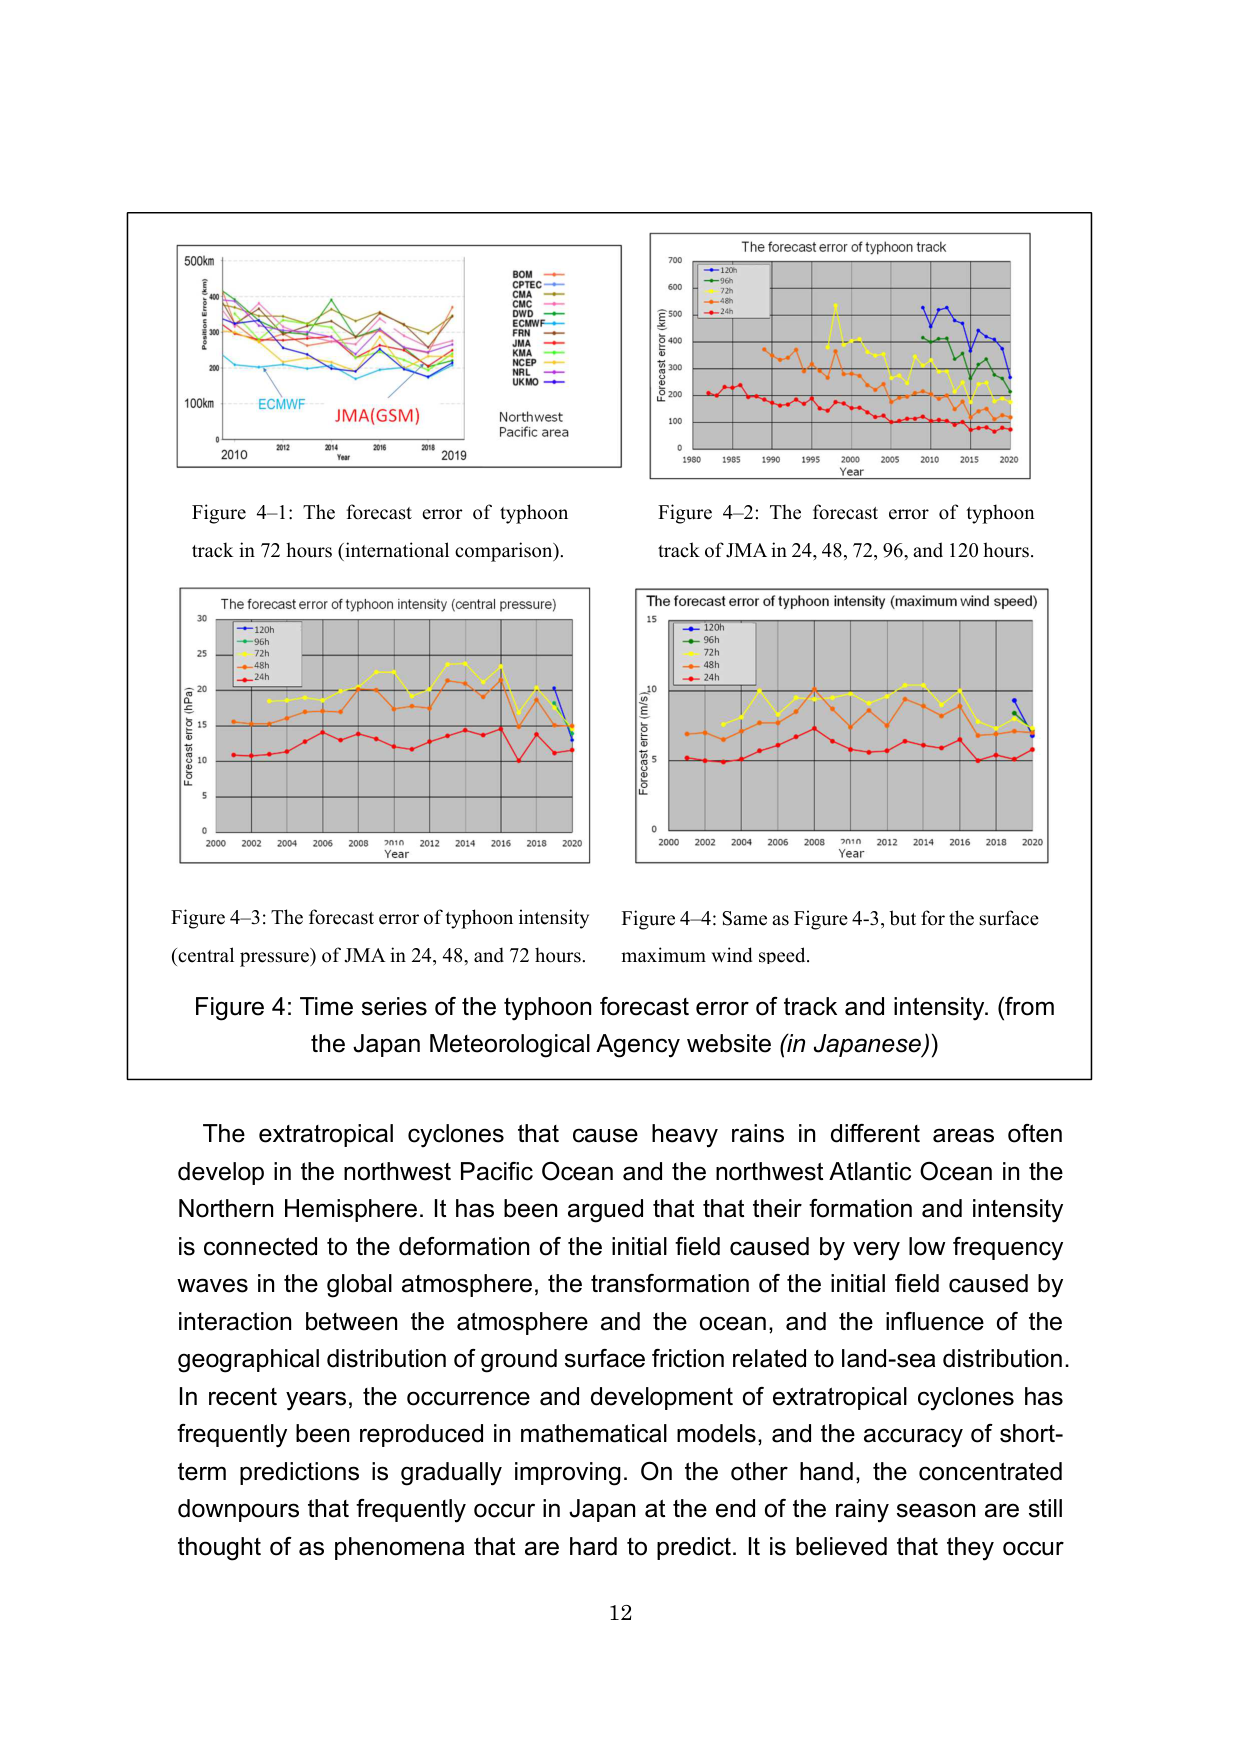
500km
Position Error (km)
BOM
CPTC
CMA
CMC
DWD
ECMWF
FRN
JMA
KMA
NCEP
NRL
UKMO
ECMWF
JMA(GSM)
Northwest
Pacific area
2010 2012 2014 2016 2018 2019
Year
The forecast error of typhoon track
Forecast error (km)
700
600
500
400
300
200
100
0
120h
96h
72h
48h
24h
1980 1985 1990 1995 2000 2005 2010 2015 2020
Year
Figure 4–1: The forecast error of typhoon
track in 72 hours (international comparison).
Figure 4–2: The forecast error of typhoon
track of JMA in 24, 48, 72, 96, and 120 hours.
The forecast error of typhoon intensity (central pressure)
Forecast error (hPa)
30
25
20
15
10
5
0
120h
96h
72h
48h
24h
2000 2002 2004 2006 2008 2010 2012 2014 2016 2018 2020
Year
The forecast error of typhoon intensity (maximum wind speed)
Forecast error (m/s)
15
10
5
0
120h
96h
72h
48h
24h
2000 2002 2004 2006 2008 2010 2012 2014 2016 2018 2020
Year
Figure 4–3: The forecast error of typhoon intensity
(central pressure) of JMA in 24, 48, and 72 hours.
Figure 4–4: Same as Figure 4–3, but for the surface
maximum wind speed.
Figure 4: Time series of the typhoon forecast error of track and intensity. (from
the Japan Meteorological Agency website (in Japanese))
The extratropical cyclones that cause heavy rains in different areas often
develop in the northwest Pacific Ocean and the northwest Atlantic Ocean in the
Northern Hemisphere. It has been argued that that their formation and intensity
is connected to the deformation of the initial field caused by very low frequency
waves in the global atmosphere, the transformation of the initial field caused by
interaction between the atmosphere and the ocean, and the influence of the
geographical distribution of ground surface friction related to land-sea distribution.
In recent years, the occurrence and development of extratropical cyclones has
frequently been reproduced in mathematical models, and the accuracy of short-
term predictions is gradually improving. On the other hand, the concentrated
downpours that frequently occur in Japan at the end of the rainy season are still
thought of as phenomena that are hard to predict. It is believed that they occur
12